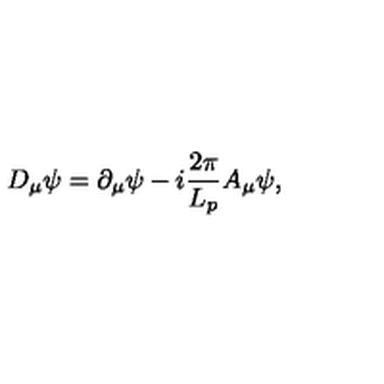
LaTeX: D _ { \mu } \psi = \partial _ { \mu } \psi - i \frac { 2 \pi } { L _ { p } } A _ { \mu } \psi ,